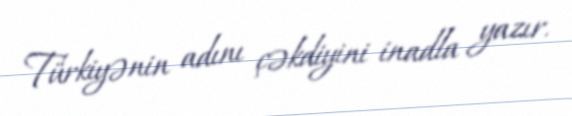
Türkiyənin adını çəkdiyini inadla yazır.